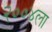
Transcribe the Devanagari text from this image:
२००४ला